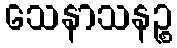
သေနာသနဉ္စ